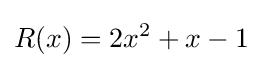
R(x)=2x^{2}+x-1\,\!